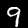
Label: 9